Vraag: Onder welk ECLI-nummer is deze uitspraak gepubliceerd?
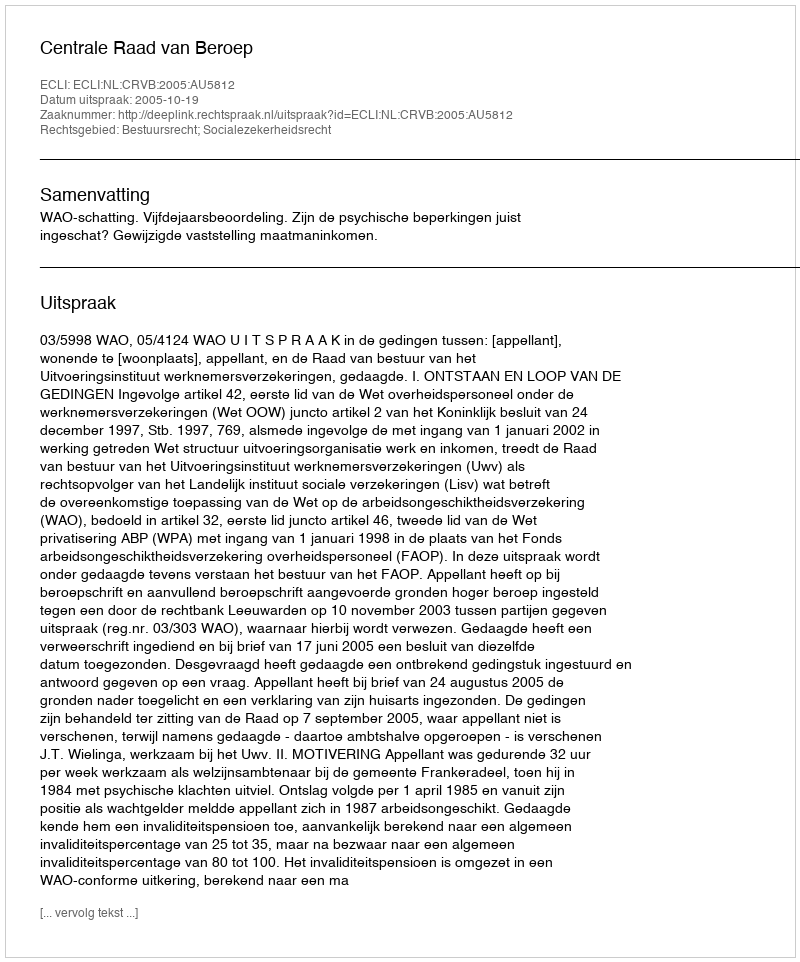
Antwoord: ECLI:NL:CRVB:2005:AU5812